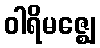
ဝါရိမဇ္ဈေ